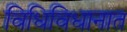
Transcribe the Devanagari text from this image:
विधिविधानात